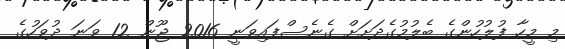
މި މީހާ ފުލުހުންގެ ބެލުމުގެދަށަށް ގެނެސްފައިވަނީ 2016 ޖޫން 12 ވަނަ ދުވަހުގެ